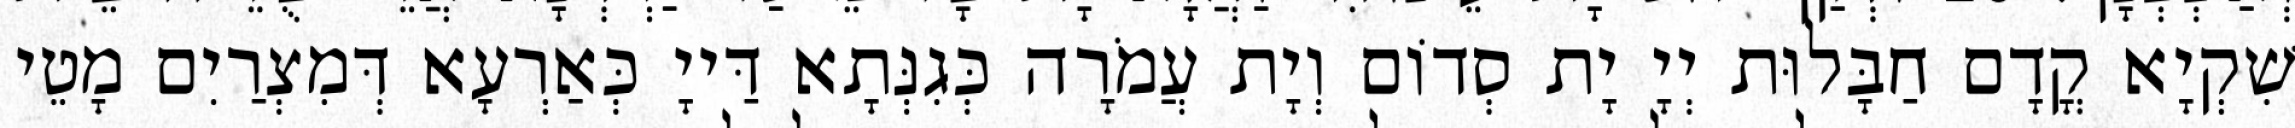
שִׁקְיָא קֳדָם חַבָּלוּת יְיָ יָת סְדוֹם וְיָת עֲמֹרָה כְּגִנְּתָא דַּייָ כְּאַרְעָא דְּמִצְרַיִם מָטֵי